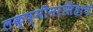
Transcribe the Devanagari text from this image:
लक्ष्मीनरसिंहाचें